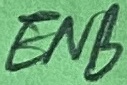
Text: ENB